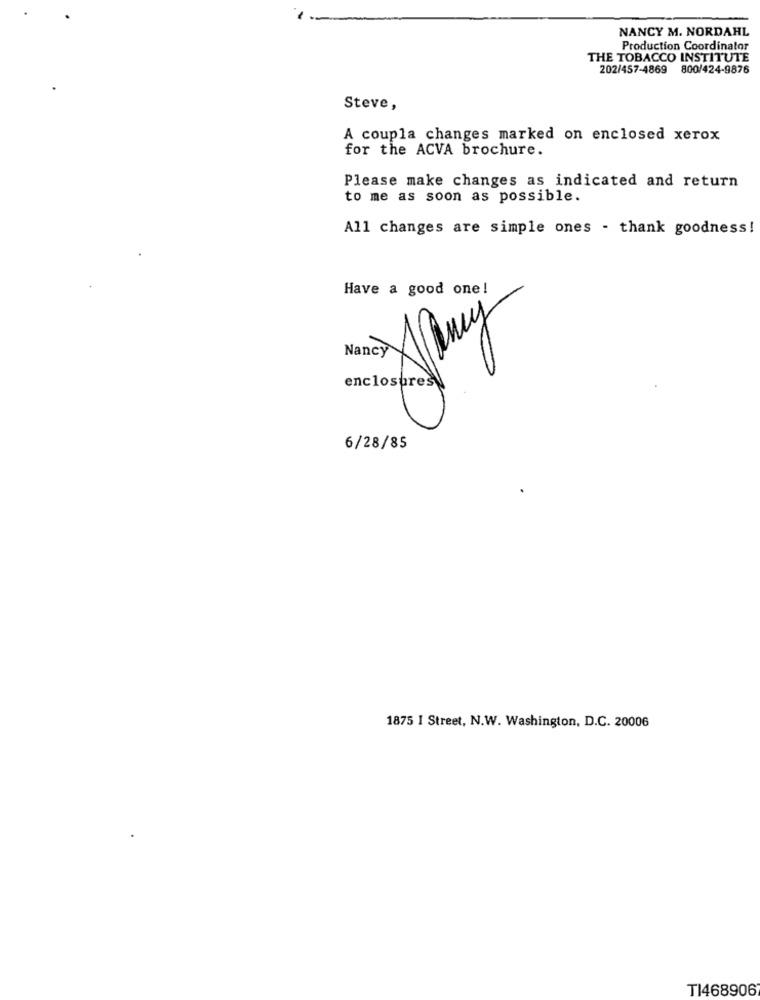
NANCY M. NORDAHL
Production Coordinator
THE TOBACCO INSTITUTE
202/457-4869 800/424-9876
Steve,
A coupla changes marked on enclosed xerox
for the ACVA brochure.
Please make changes as indicated and return
to me as soon as possible.
All changes are simple ones - thank goodness!
Have a good one!
Nancy
6/28/85
1875 I Street, N.W. Washington, D.C. 20006
TI468906